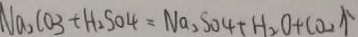
N a _ { 2 } C O _ { 3 } + H _ { 2 } S O 4 = N a _ { 2 } S O 4 + H _ { 2 } O + C O _ { 2 } \uparrow